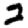
Digit: 2